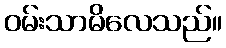
ဝမ်းသာမိလေသည်။